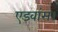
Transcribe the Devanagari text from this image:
एडवांस।